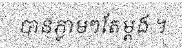
បានភ្លាមៗតែម្តង ។